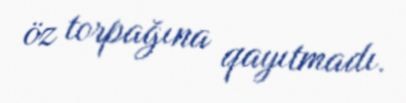
öz torpağına qayıtmadı.